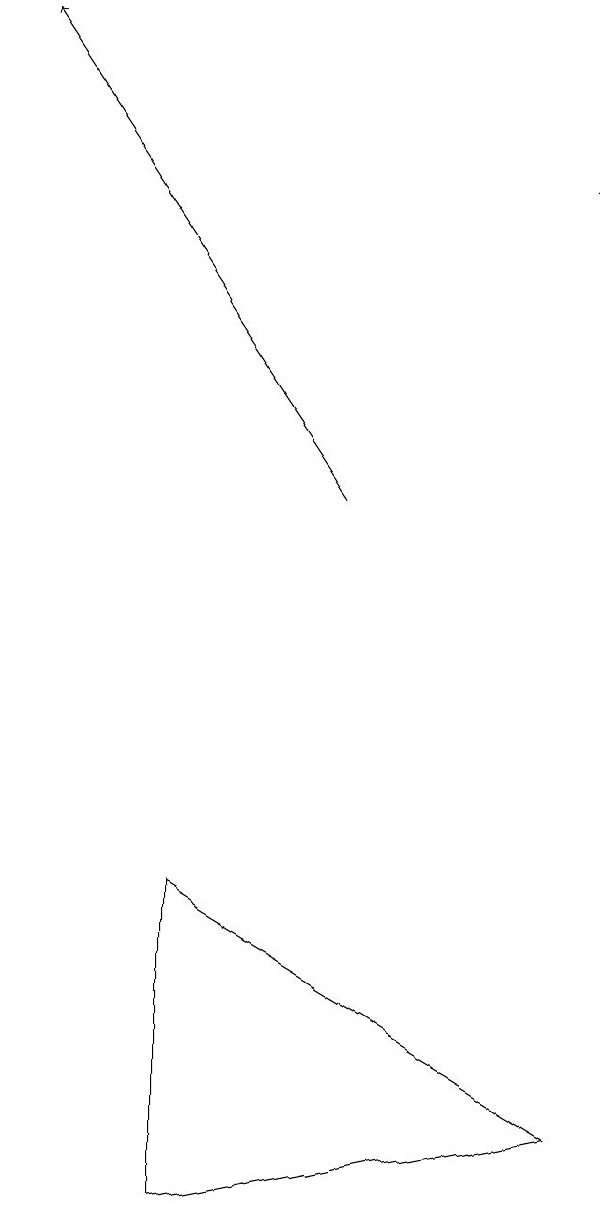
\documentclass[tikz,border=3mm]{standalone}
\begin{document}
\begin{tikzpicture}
\draw (4,2) -- (4,6) -- (9,3) -- cycle;
\draw[->] (9,16) -- (9,15);
\draw[->] (6,11) -- (2,17);
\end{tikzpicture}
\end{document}